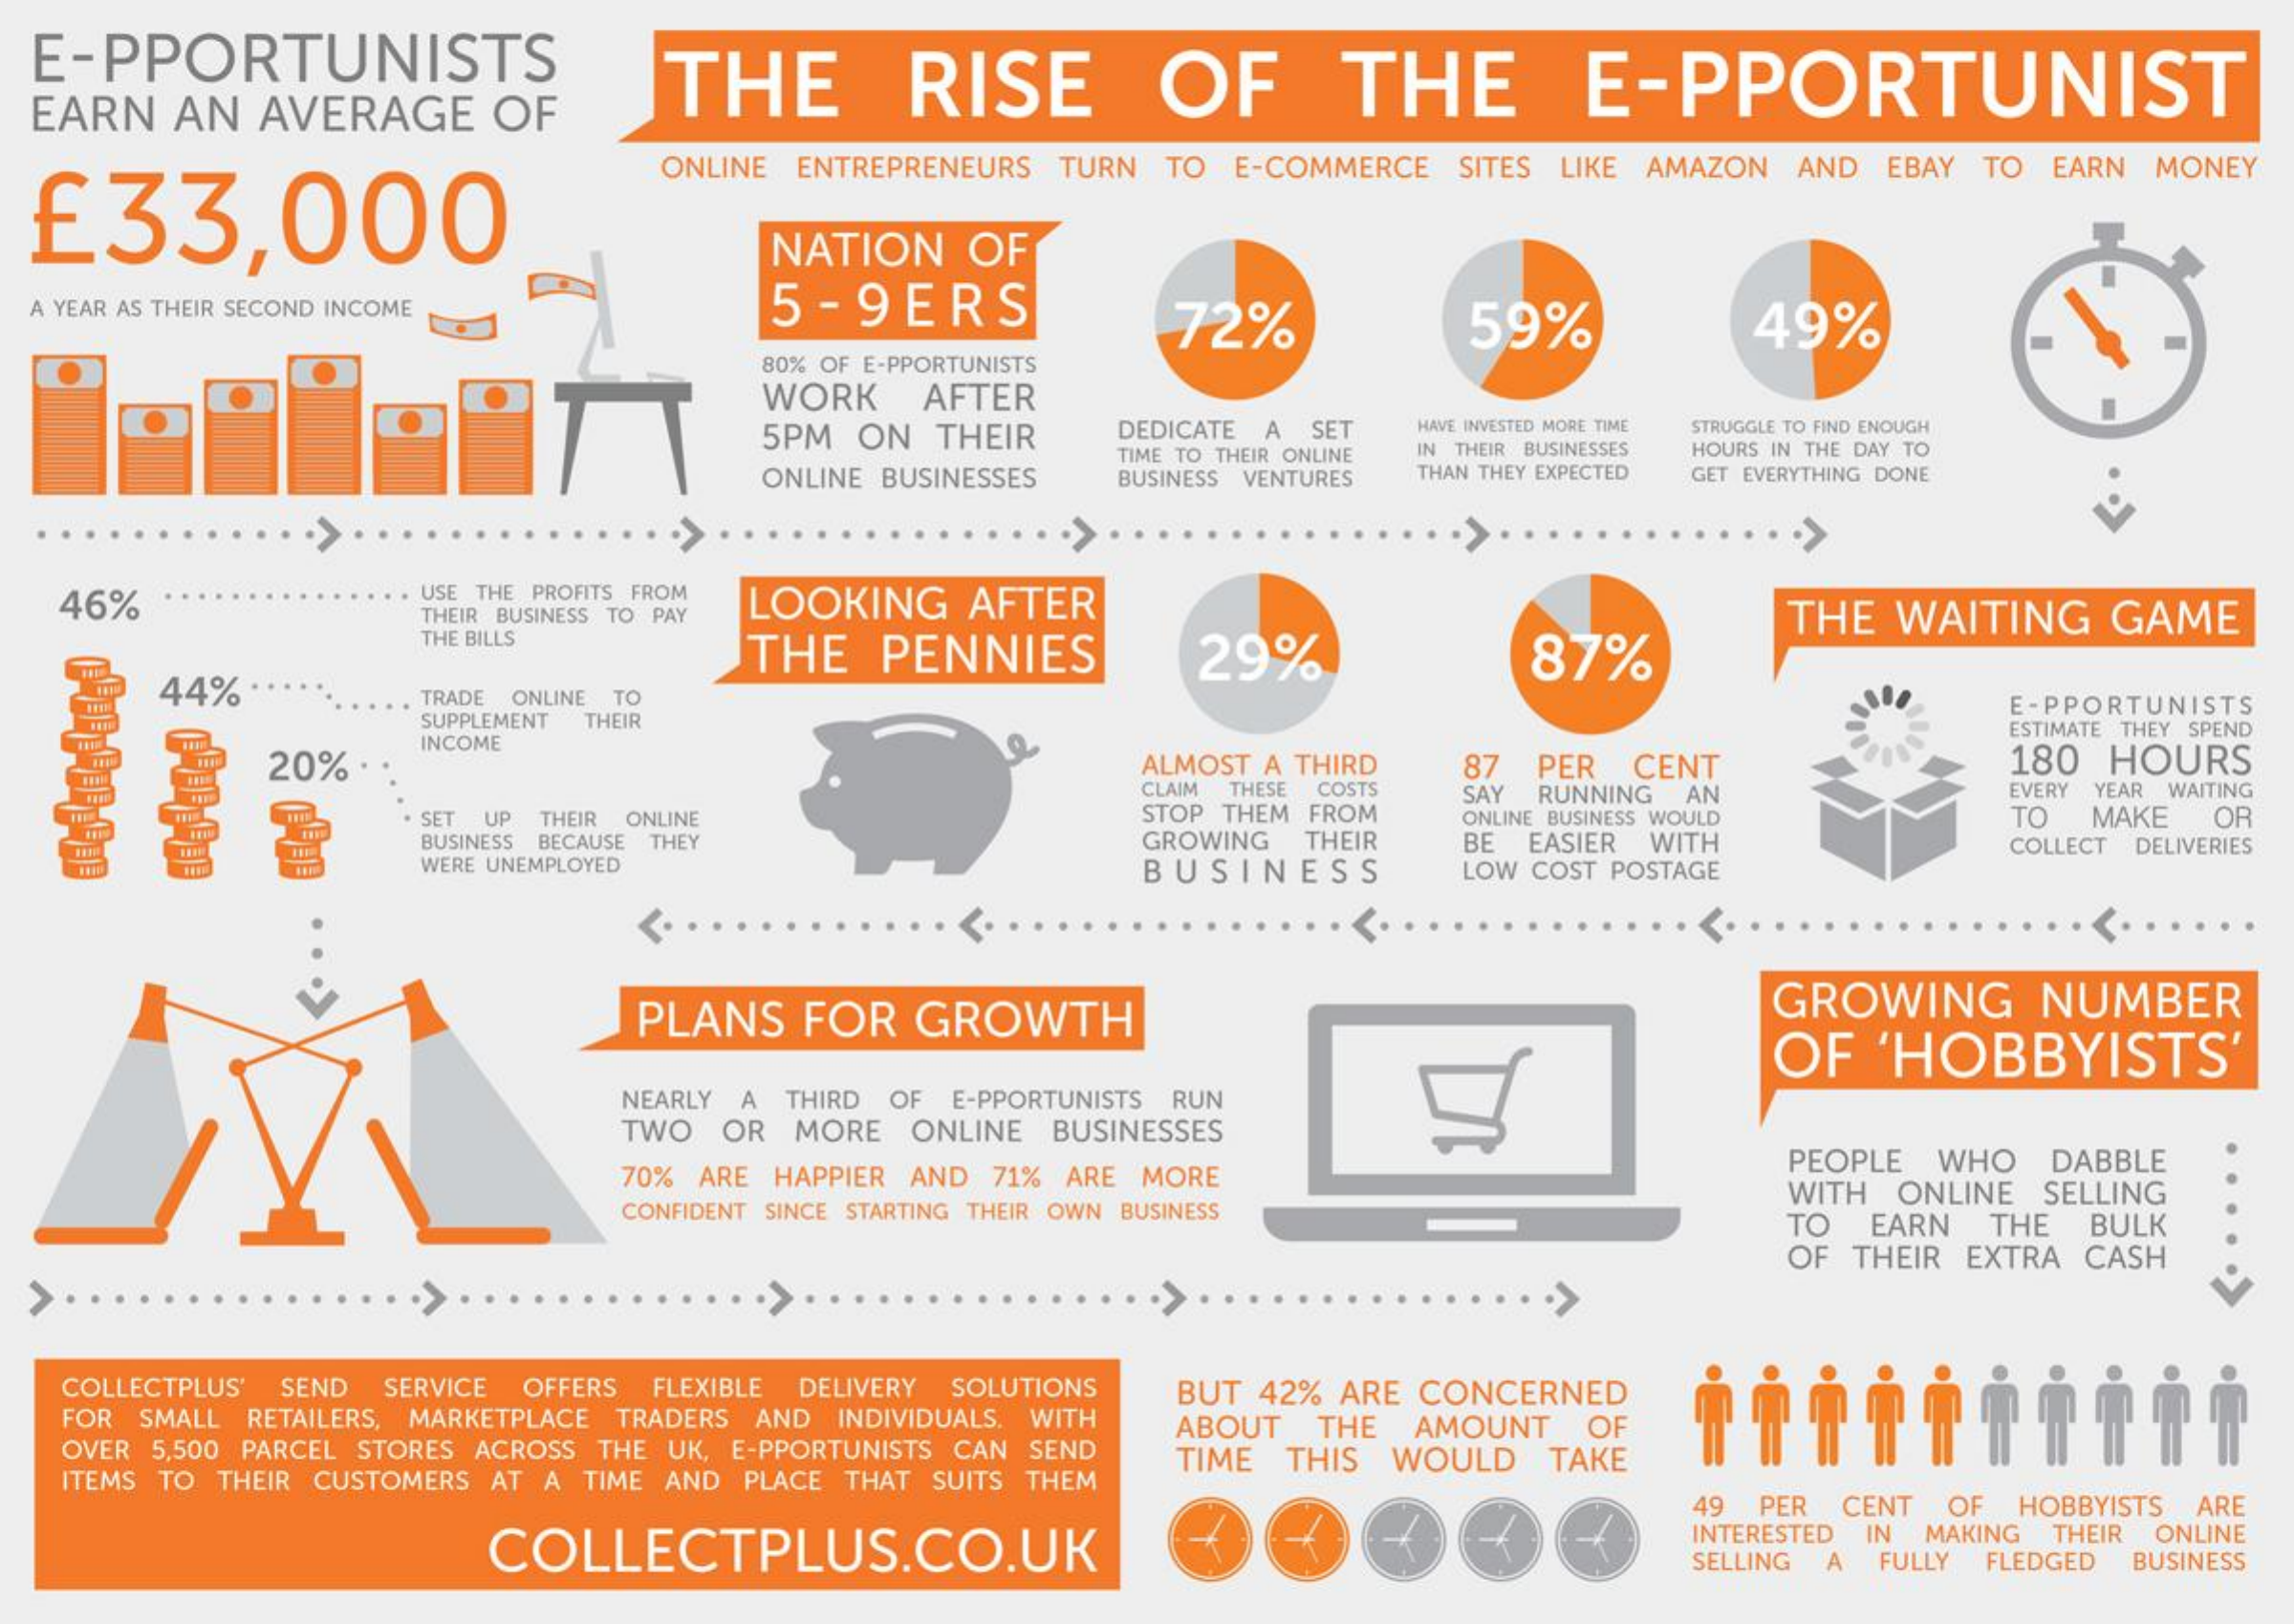
E-PPORTUNISTS
  EARN  AN  AVERAGE    OF
     THE    RISE    OF    THE    E-PPORTUNIST
  £33,000
     ONLINE ENTREPRENEURS TURN TO E-COMMERCE SITES LIKE AMAZON AND EBAY TO EARN MONEY
     NATION   OF
  A YEAR AS THEIR SECOND INCOME    5 -9ERS    72%    59%    49%
     80% OF E-PPORTUNISTS
     WORK   AFTER
     5PM ON THEIR    DEDICATE A SET HAVE INVESTED MORE TIME STRUGGLE TO FIND ENOUGH
     ONLINE BUSINESSES
     TIME TO THEIR ONLINE IN THEIR BUSINESSES HOURS IN THE DAY TO
     BUSINESS VENTURES THAN THEY EXPECTED GET EVERYTHING DONE
   46%    USE THE PROFITS FROM
     LOOKING   AFTER
     THEIR BUSINESS TO PAY    THE WAITING   GAME
     THE BILLS
     THE  PENNIES    29%    87%
     44%    TRADE ONLINE TO
     SUPPLEMENT THEIR
     E-PPORTUNISTS
     ESTIMATE THEY SPEND
     20% ·
     INCOME
     ALMOST A THIRD 87 PER CENT    180 HOURS
     CLAIM THESE COSTS
     STOP THEM FROM
     SAY RUNNING AN    EVERY YEAR WAITING
     SET UP THEIR ONLINE
     GROWING THEIR
     ONLINE BUSINESS WOULD    TO  MAKE OR
     BUSINESS BECAUSE THEY
     WERE UNEMPLOYED    BUSINESS
     BE EASIER WITH
     LOW COST POSTAGE
     COLLECT DELIVERIES
     PLANS   FOR  GROWTH    GROWING    NUMBER
     OF  'HOBBYISTS'
     NEARLY A THIRD OF E-PPORTUNISTS RUN
     TWO OR  MORE ONLINE BUSINESSES
     70% ARE HAPPIER AND 71% ARE MORE
     PEOPLE WHO  DABBLE
     CONFIDENT SINCE STARTING THEIR OWN BUSINESS
     WITH ONLINE SELLING
     TO EARN  THE BULK
     OF THEIR EXTRA CASH
   COLLECTPLUS' SEND SERVICE OFFERS FLEXIBLE DELIVERY SOLUTIONS BUT 42% ARE CONCERNED
   FOR SMALL RETAILERS, MARKETPLACE TRADERS AND INDIVIDUALS. WITH
   OVER 5,500 PARCEL STORES ACROSS THE UK, E-PPORTUNISTS CAN SEND
     ABOUT  THE AMOUNT  OF
   ITEMS TO THEIR CUSTOMERS AT A TIME AND PLACE THAT SUITS THEM
     TIME THIS WOULD  TAKE
     49 PER CENT OF HOBBYISTS ARE
     COLLECTPLUS.CO.UK
     INTERESTED IN MAKING THEIR ONLINE
     SELLING A FULLY FLEDGED BUSINESS